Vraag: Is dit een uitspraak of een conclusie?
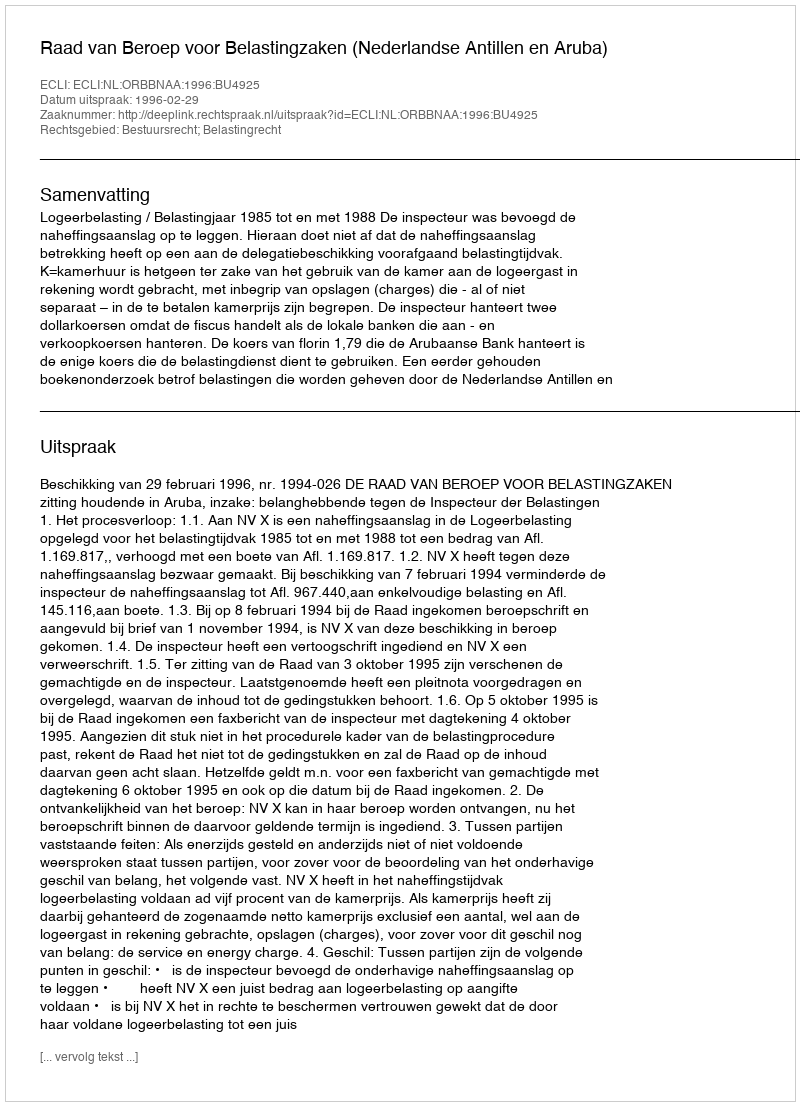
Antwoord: Uitspraak